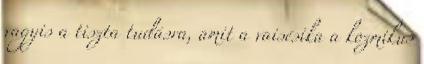
vagyis a tiszta tudásra, amit a vaisésika a kozmikus